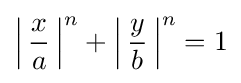
\left|\,{x \over a}\,\right|^{n}+\left|\,{y \over b}\,\right|^{n}=1